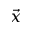
\vec { x }